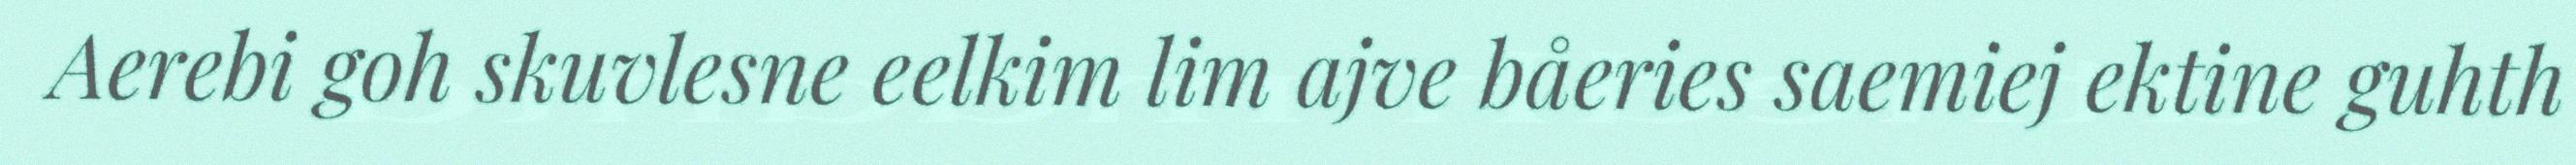
Aerebi goh skuvlesne eelkim lim ajve båeries saemiej ektine guhth